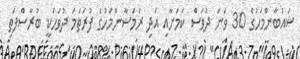
ޝައުބާންމަހުގެ 30 ވަނަ ދުވަސް ކަމަށާއި އަދި ރަމަޟާންމަހުގެ ފުރަތަމަ ދުވަހަކީ ބުރާސްފަތި